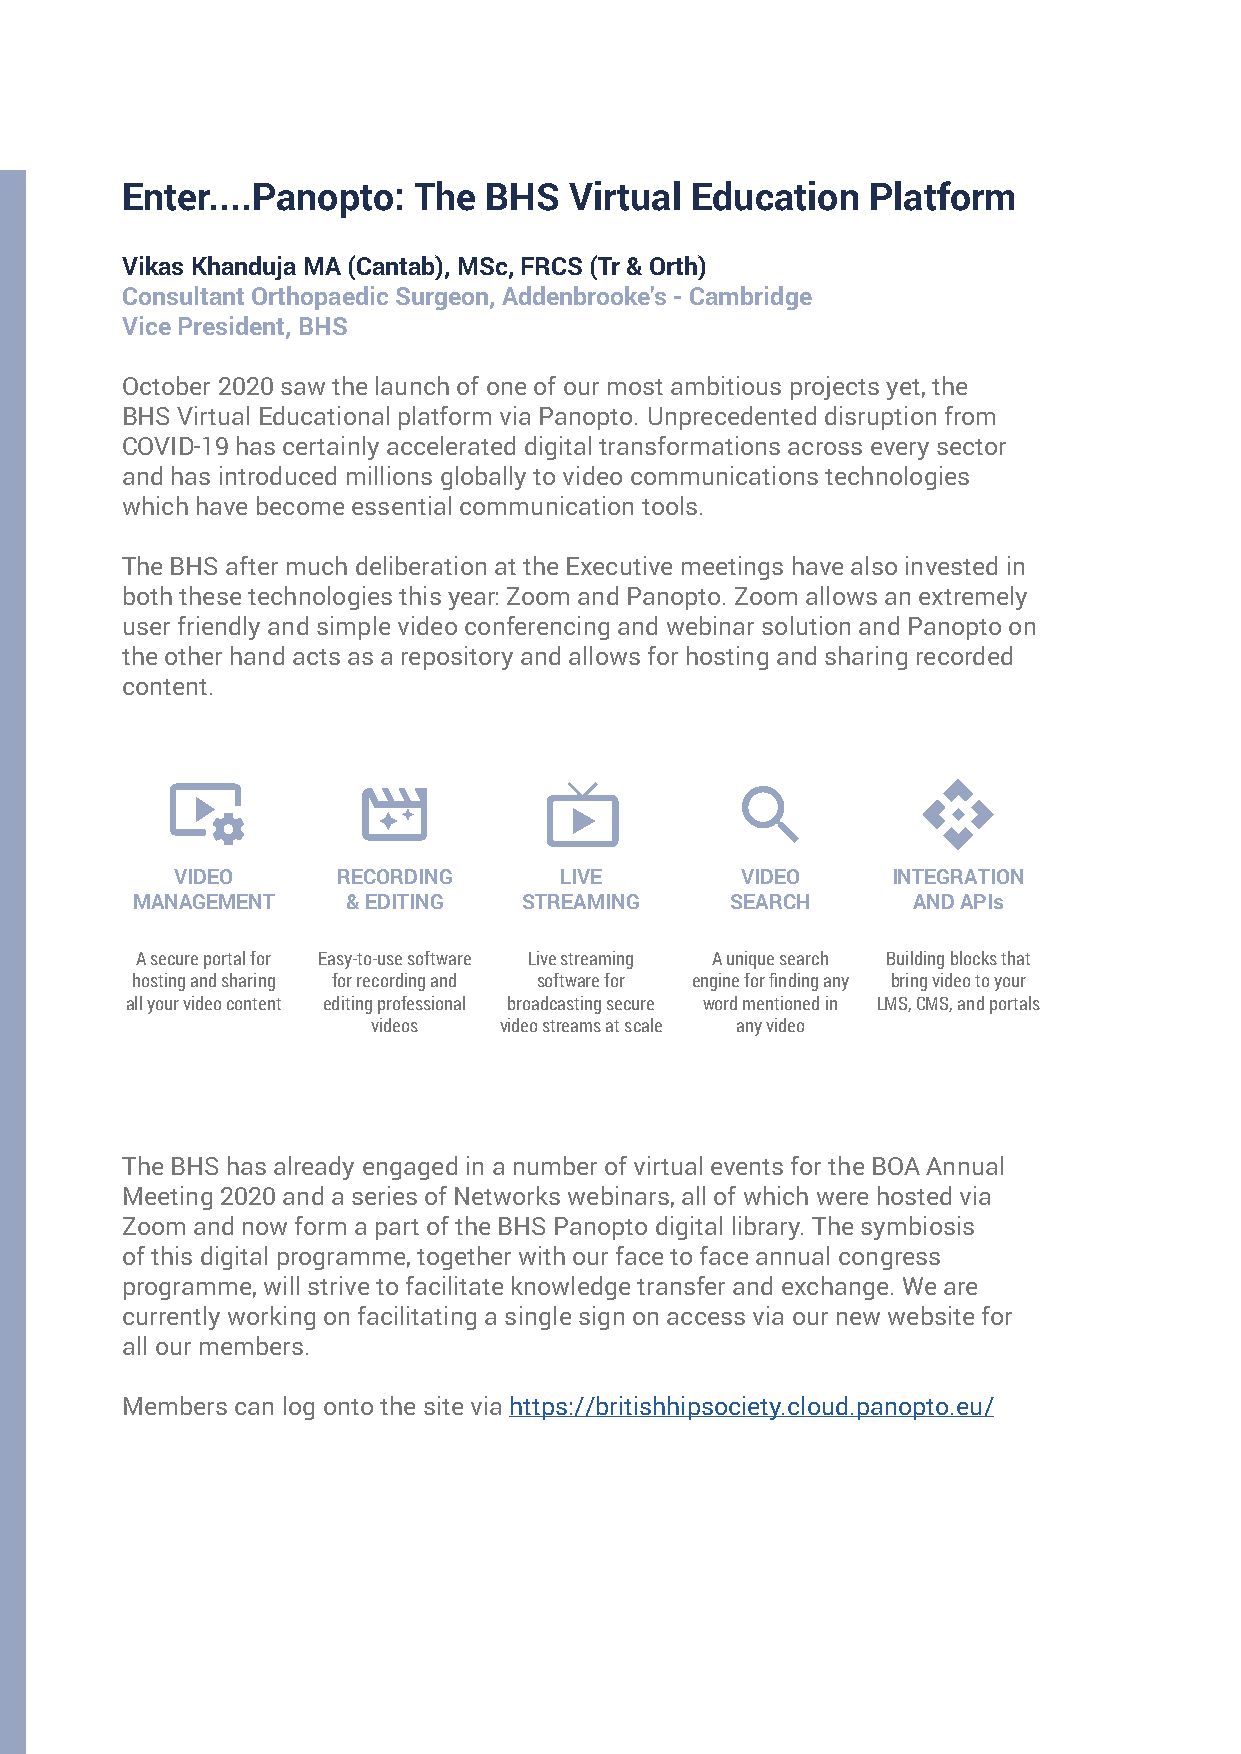
Enter....Panopto:  The  BHS   Virtual Education  Platform
 Vikas Khanduja MA (Cantab), MSc, FRCS (Tr & Orth)
 Consultant Orthopaedic Surgeon, Addenbrooke’s - Cambridge
 Vice President, BHS
 October 2020 saw the launch of one of our most ambitious projects yet, the
 BHS Virtual Educational platform via Panopto. Unprecedented disruption from
 COVID-19 has certainly accelerated digital transformations across every sector
 and has introduced millions globally to video communications technologies
 which have become essential communication tools.
 The BHS after much deliberation at the Executive meetings have also invested in
 both these technologies this year: Zoom and Panopto. Zoom allows an extremely
 user friendly and simple video conferencing and webinar solution and Panopto on
 the other hand acts as a repository and allows for hosting and sharing recorded
 content.
 VIDEO     RECORDING      LIVE        VIDEO     INTEGRATION
 MANAGEMENT    & EDITING   STREAMING    SEARCH      AND APIs
 A secure portal for Easy-to-use software Live streaming A unique search Building blocks that
 hosting and sharing for recording and software for engine for finding any bring video to your
 all your video content editing professional broadcasting secure word mentioned in LMS, CMS, and portals
 videos  video streams at scale any video
 The BHS has already engaged in a number of virtual events for the BOA Annual
 Meeting 2020 and a series of Networks webinars, all of which were hosted via
 Zoom and now form a part of the BHS Panopto digital library. The symbiosis
 of this digital programme, together with our face to face annual congress
 programme, will strive to facilitate knowledge transfer and exchange. We are
 currently working on facilitating a single sign on access via our new website for
 all our members.
 Members can log onto the site via https://britishhipsociety.cloud.panopto.eu/